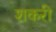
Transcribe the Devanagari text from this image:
शकरी